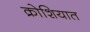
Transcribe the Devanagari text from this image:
क्रोशियात